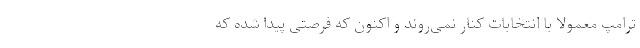
ترامپ معمولا با انتخابات کنار نمی‌روند و اکنون که فرصتی پیدا شده که